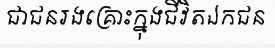
ជាជនរងគ្រោះក្នុងជីវិតឯកជន